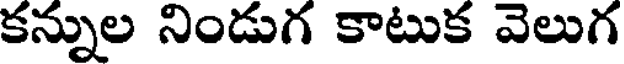
కన్నుల నిండుగ కాటుక వెలుగ